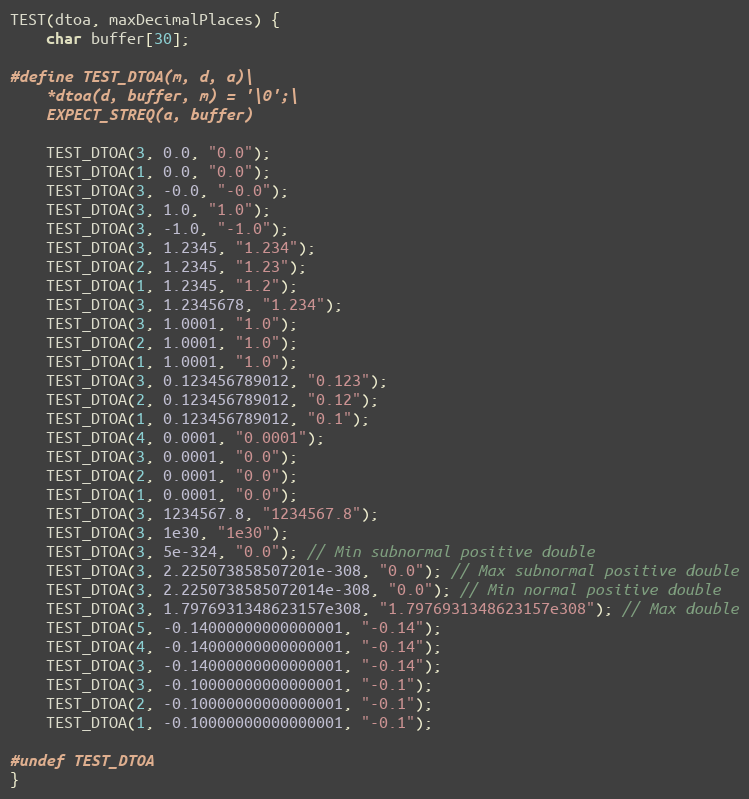
Language: C++
TEST(dtoa, maxDecimalPlaces) {
    char buffer[30];

#define TEST_DTOA(m, d, a)\
    *dtoa(d, buffer, m) = '\0';\
    EXPECT_STREQ(a, buffer)

    TEST_DTOA(3, 0.0, "0.0");
    TEST_DTOA(1, 0.0, "0.0");
    TEST_DTOA(3, -0.0, "-0.0");
    TEST_DTOA(3, 1.0, "1.0");
    TEST_DTOA(3, -1.0, "-1.0");
    TEST_DTOA(3, 1.2345, "1.234");
    TEST_DTOA(2, 1.2345, "1.23");
    TEST_DTOA(1, 1.2345, "1.2");
    TEST_DTOA(3, 1.2345678, "1.234");
    TEST_DTOA(3, 1.0001, "1.0");
    TEST_DTOA(2, 1.0001, "1.0");
    TEST_DTOA(1, 1.0001, "1.0");
    TEST_DTOA(3, 0.123456789012, "0.123");
    TEST_DTOA(2, 0.123456789012, "0.12");
    TEST_DTOA(1, 0.123456789012, "0.1");
    TEST_DTOA(4, 0.0001, "0.0001");
    TEST_DTOA(3, 0.0001, "0.0");
    TEST_DTOA(2, 0.0001, "0.0");
    TEST_DTOA(1, 0.0001, "0.0");
    TEST_DTOA(3, 1234567.8, "1234567.8");
    TEST_DTOA(3, 1e30, "1e30");
    TEST_DTOA(3, 5e-324, "0.0"); // Min subnormal positive double
    TEST_DTOA(3, 2.225073858507201e-308, "0.0"); // Max subnormal positive double
    TEST_DTOA(3, 2.2250738585072014e-308, "0.0"); // Min normal positive double
    TEST_DTOA(3, 1.7976931348623157e308, "1.7976931348623157e308"); // Max double
    TEST_DTOA(5, -0.14000000000000001, "-0.14");
    TEST_DTOA(4, -0.14000000000000001, "-0.14");
    TEST_DTOA(3, -0.14000000000000001, "-0.14");
    TEST_DTOA(3, -0.10000000000000001, "-0.1");
    TEST_DTOA(2, -0.10000000000000001, "-0.1");
    TEST_DTOA(1, -0.10000000000000001, "-0.1");

#undef TEST_DTOA
}